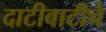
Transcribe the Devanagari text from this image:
दाटीवाटीचे